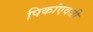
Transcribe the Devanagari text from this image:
पिकांएवजी